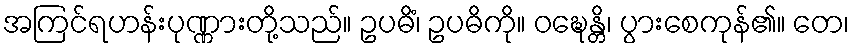
အကြင်ရဟန်းပုဏ္ဏားတို့သည်။ ဥပဓိံ၊ ဥပဓိကို။ ဝဍ္ဎေန္တိ၊ ပွားစေကုန်၏။ တေ၊